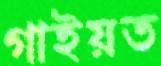
গাইয়ত